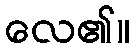
လေ၏။